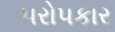
૫રો૫કાર